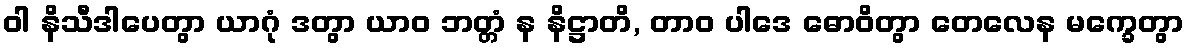
ဝါ နိသီဒါပေတွာ ယာဂုံ ဒတွာ ယာဝ ဘတ္တံ န နိဋ္ဌာတိ, တာဝ ပါဒေ ဓောဝိတွာ တေလေန မက္ခေတွာ